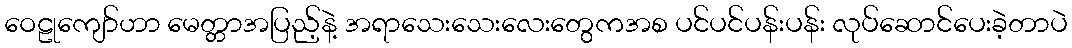
ဝေဠုကျော်ဟာ မေတ္တာအပြည့်နဲ့ အရာသေးသေးလေးတွေကအစ ပင်ပင်ပန်းပန်း လုပ်ဆောင်ပေးခဲ့တာပဲ